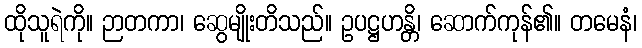
ထိုသူရဲကို။ ဉာတကာ၊ ဆွေမျိုးတိသည်။ ဥပဋ္ဌဟန္တိ၊ ဆောက်ကုန်၏။ တမေနံ၊